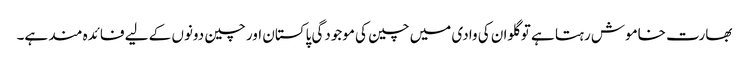
بھارت خاموش رہتا ہے تو گلوان کی وادی میں چین کی موجودگی پاکستان اور چین دونوں کے لیے فائدہ مند ہے۔